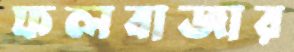
ফলবাজার